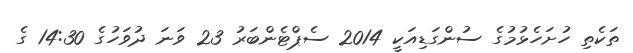
ތަކެތި ހުށަހެޅުމުގެ ސުންގަޑިއަކީ 2014 ސެޕްޓެންބަރު 23 ވަނަ ދުވަހުގެ 14:30 ގެ